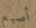
أصبع